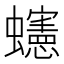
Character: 䘆